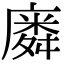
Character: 𭙸